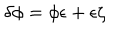
LaTeX: \delta \phi = \phi \epsilon + \epsilon \zeta